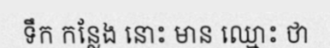
ទឹក កន្លែង នោះ មាន ឈ្មោះ ថា